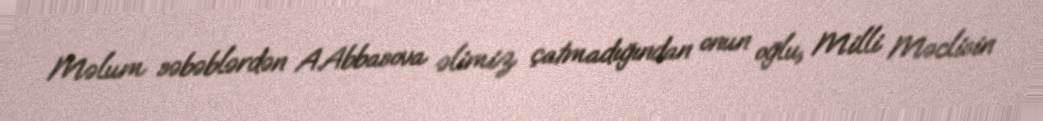
Məlum səbəblərdən A.Abbasova əlimiz çatmadığından onun oğlu, Milli Məclisin